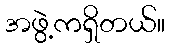
အဖွဲ့ကရှိတယ်။